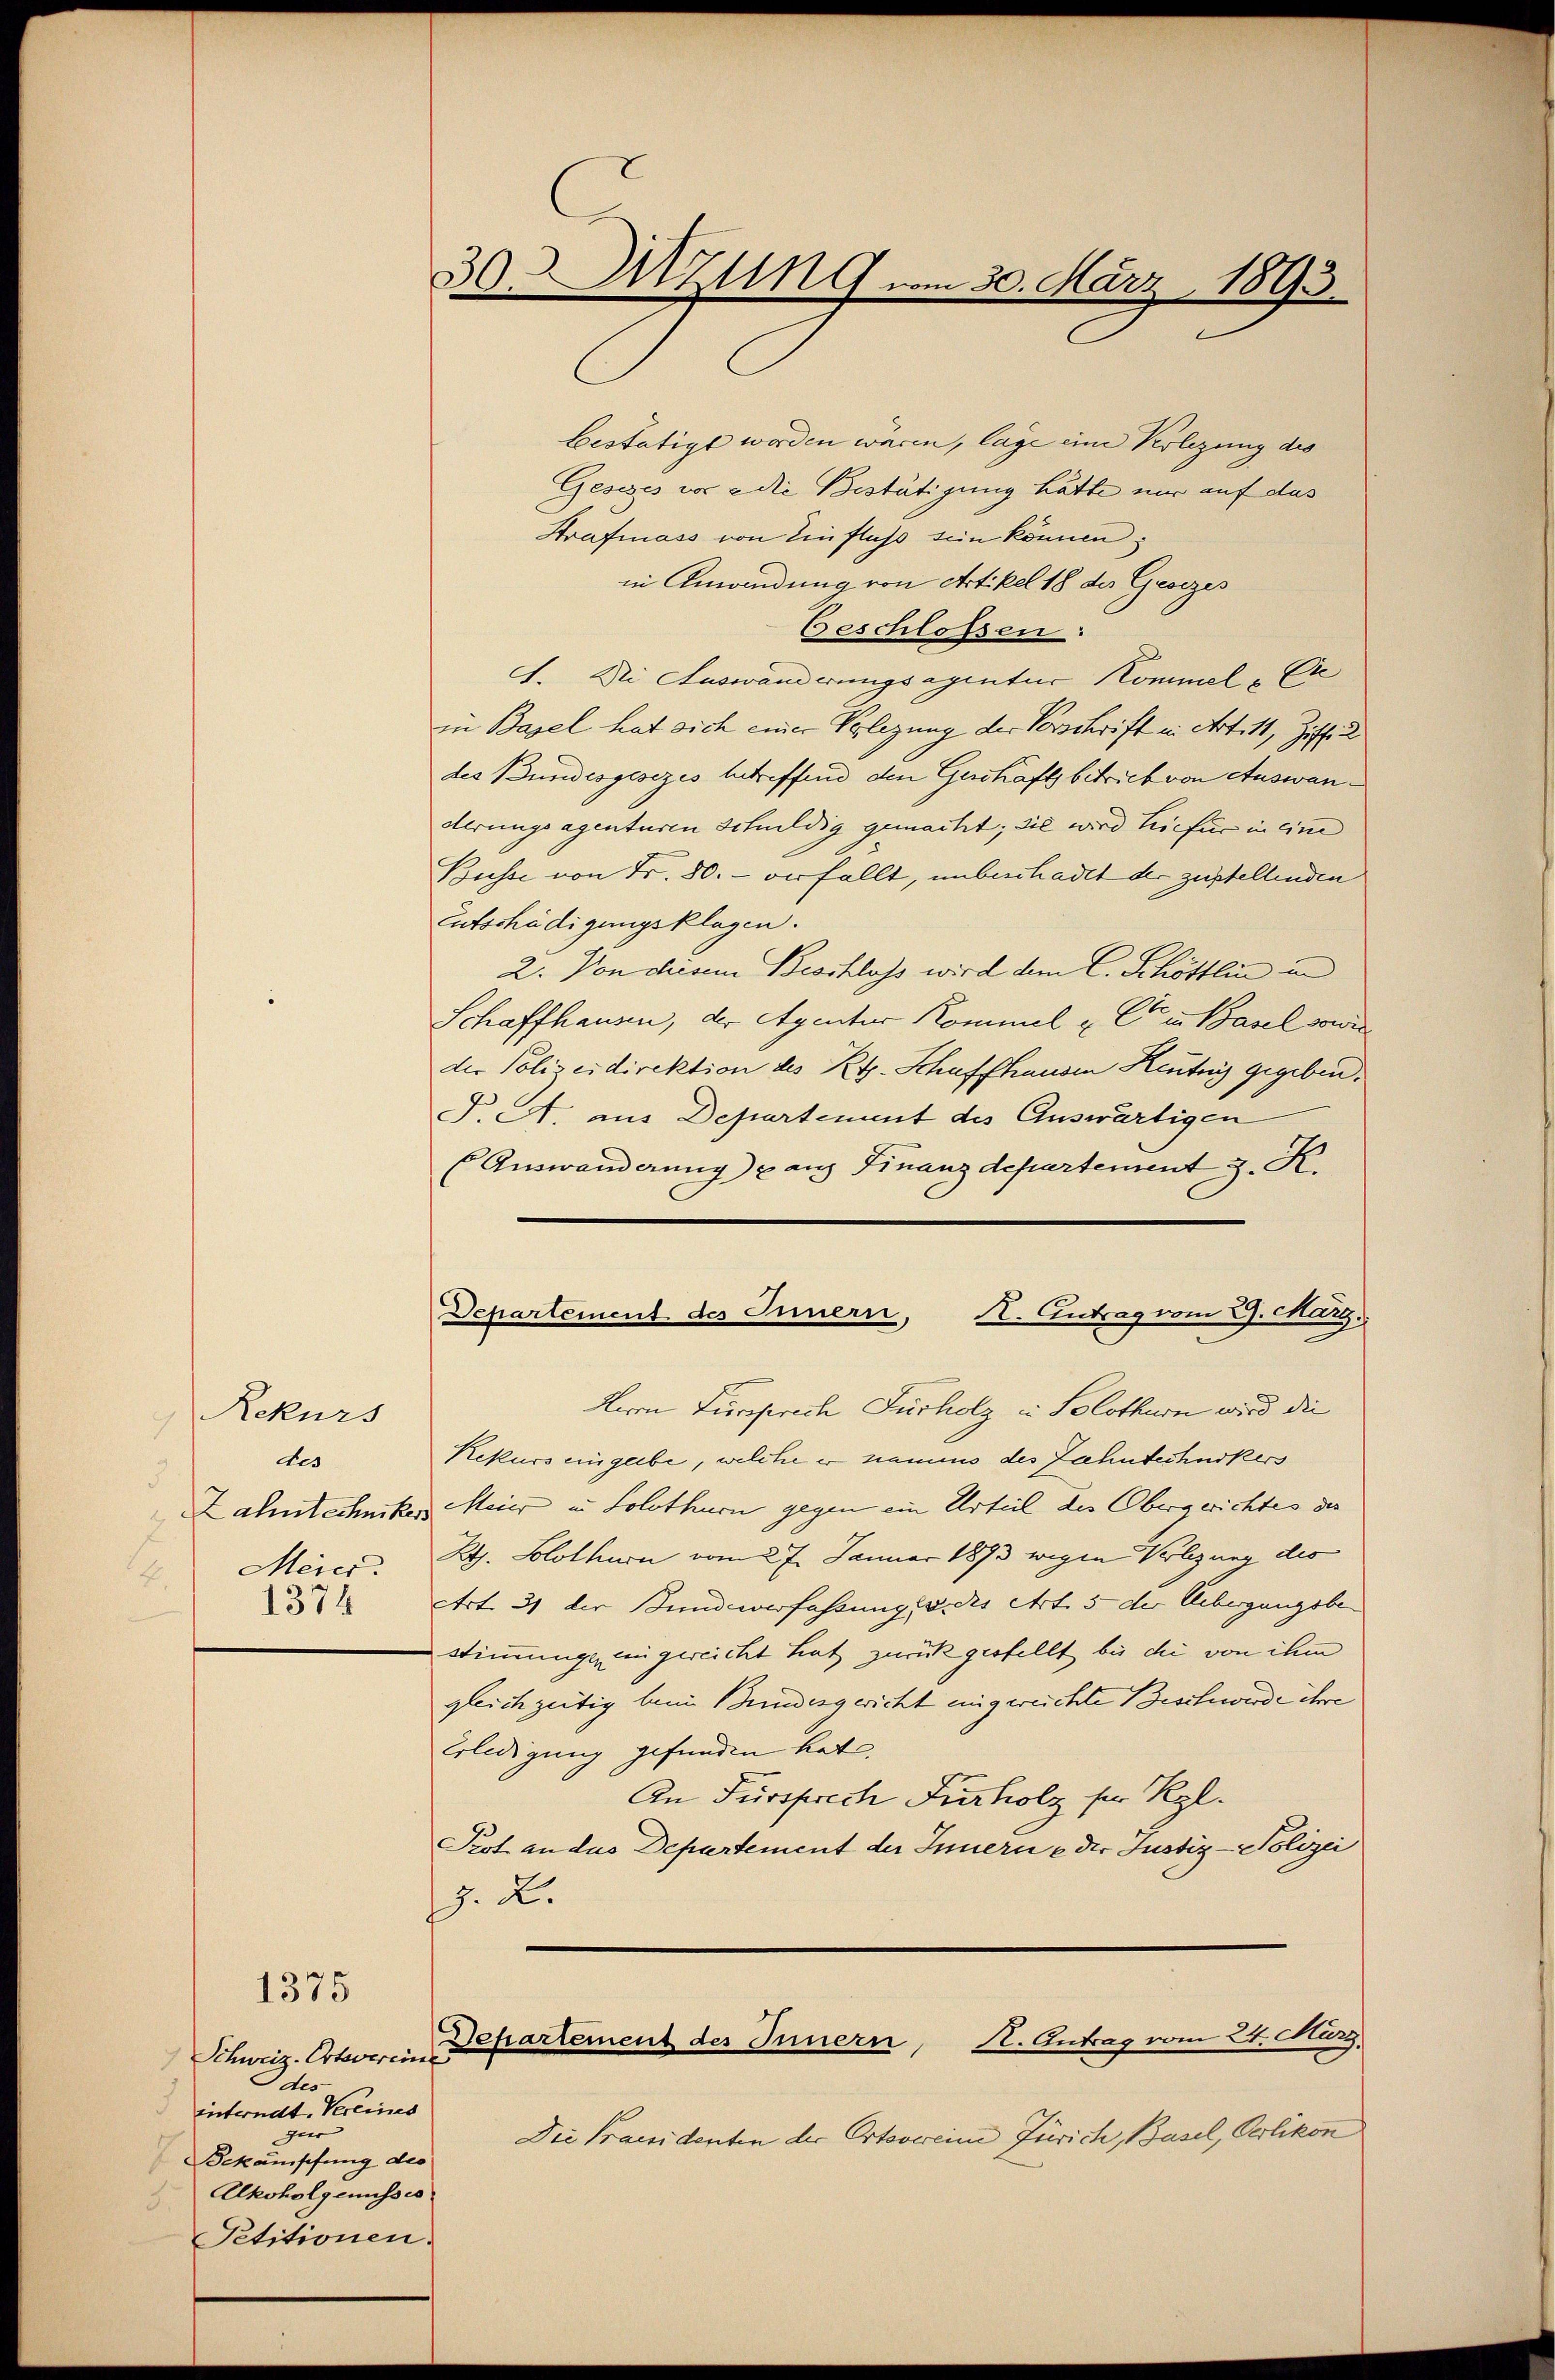
Rekurs
des
Merci.
1374

1375

Schweiz. Orteverinner
7
des
interndt, Vereines
gar
Bekämpfung des
Akoholgenusses
Petitionen.

30Uzling vom 30. März 1893.

bestätigt worden wären, lage eine Verlegung des
Gesezes vor die Bestätigung hätte nur auf das
Strafmass von Einfluss sein können;
in Anwendung von Artikel 18 des Groszes
Geschlossen:
1. Die Auswanderungsagentur Kommel-Cre
in Basel hat sich einer Verlegung der Vorschrift in Artitt, Ziffic
des Bundesgesezes betreffend den Geschäfts betrieb von Auswanderungsagenturen Schuldig gemacht; sie wird hiefür in eine
Busse von Fr. 80. - verfällt, unbeschadet der zustellenden
Entschädigungsklagen.
2. Von diesem Beschloss wird dem C. Schöttlin und
Schaffhausen, der Agenter Kommel u C in Basel sowie
der Polizeidirektion des Kt. Schaffhausen Heute gegeben.
J. A. aus Departement des Auswärtigen
Auswanderung) ganz Finanzdepartement J. K.

Departement des Innern, Kt. Antrag vom 9. Marg.

Hern Fürsprech Furholz in Solothurn wird die
Rekurs eingebe, welche er namens des Zehntechnikers
Zahntechniker Meier in Solothurn gegen ein Urteil des Obergerichtes der
Rth. Solothurn vom 27. Januar 1873 wegen Volzung des
Art. 31 der Bundesverfassung v. des Art. 5 der Uebergangsbe
stimmunge eingereicht hat zurückgestellt bis die von ihm
gleichzeitig beim Bundesgericht eingereichte Beschwerde ihre
Erledigung gefunden hat.
An Fürsprech Furholz für Kgl.
Pest an das Departement der Innerne der Justiz-Polizei
J. X.

Departement des Innern, Kt. Antrag vom St. März

Die Praesidenten der Ortsverein Zürich, Basel, Oerlikon